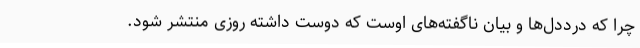
چرا که درد‌دل‌ها و بیان ناگفته‌های اوست که دوست داشته روزی منتشر شود.